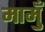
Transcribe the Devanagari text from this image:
मामुँ